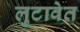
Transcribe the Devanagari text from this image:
लुटावेत